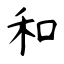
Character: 和